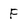
Character: F